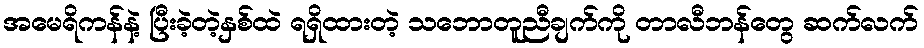
အမေရိကန်နဲ့ ပြီးခဲ့တဲ့နှစ်ထဲ ရရှိထားတဲ့ သဘောတူညီချက်ကို တာလီဘန်တွေ ဆက်လက်